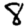
Digit: 8